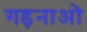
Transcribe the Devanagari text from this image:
गड़नाओ